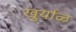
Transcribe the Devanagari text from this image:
खुर्याळ